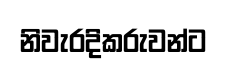
නිවැරදිකරුවන්ට